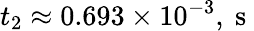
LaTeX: t_{2}\approx 0.693\times 10^{-3},\mathrm{~s~}